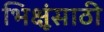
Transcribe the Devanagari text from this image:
भिक्षूंसाठी